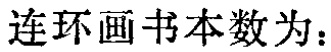
连环画书本数为：